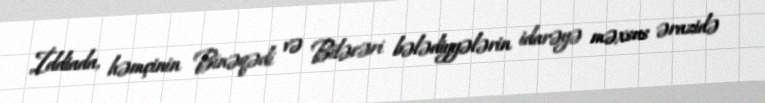
İddiada, həmçinin Binəqədi və Biləcəri bələdiyyələrin idarəyə məxsus ərazidə